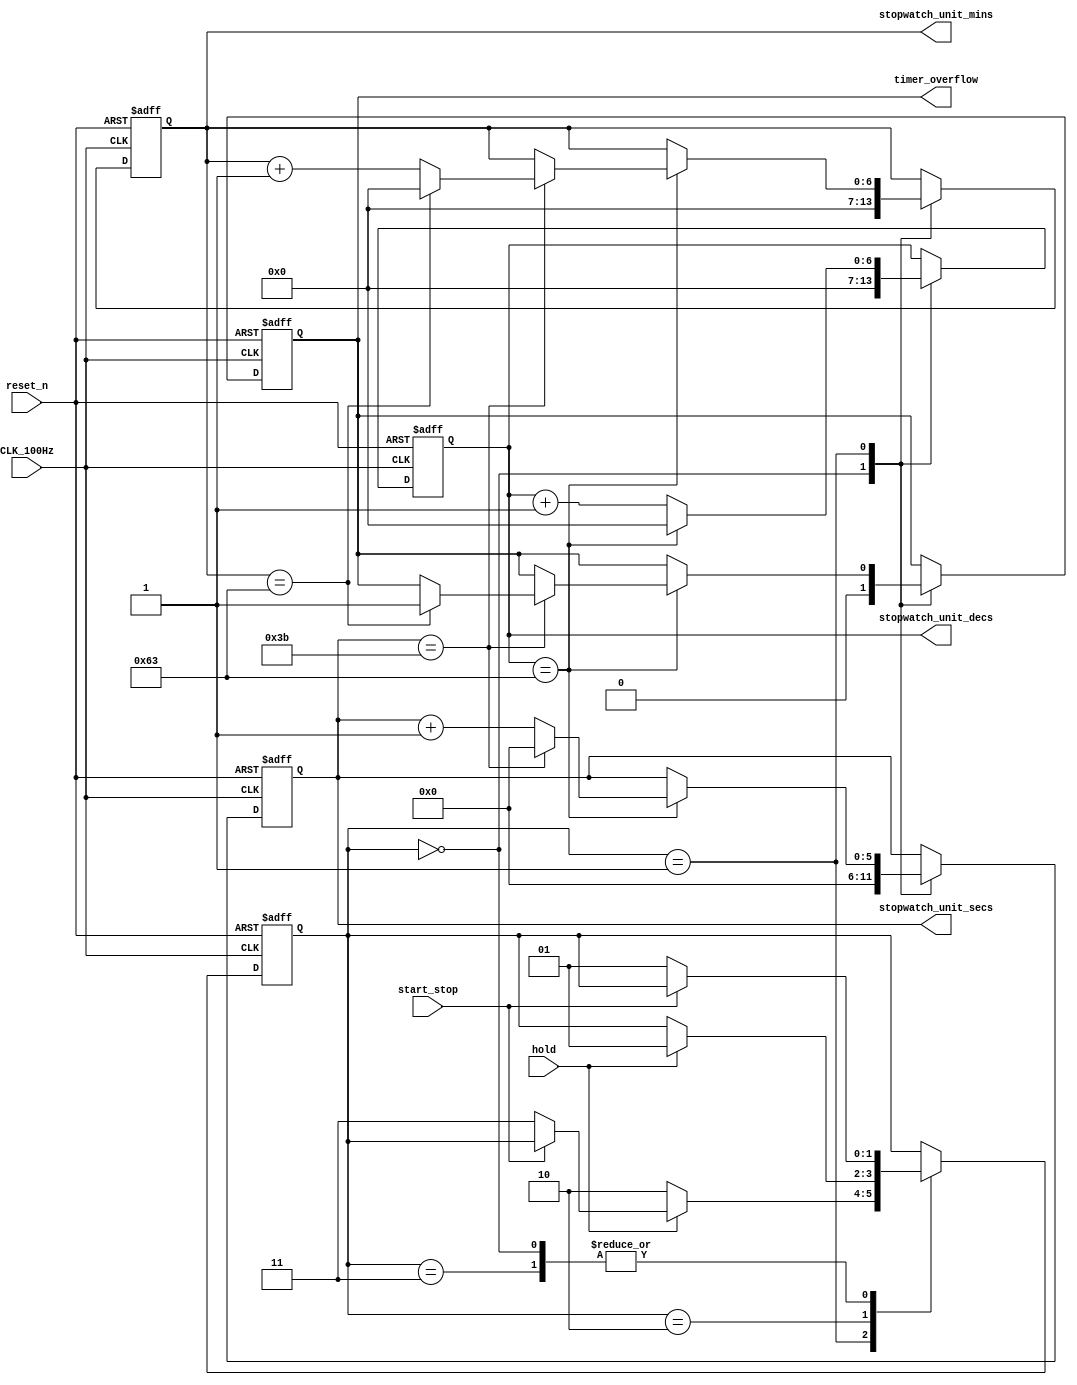
module StopwatchLogic (
    input CLK_100Hz,
    input reset_n,
    input start_stop,
    input hold,
	 output [6:0] stopwatch_unit_mins,
	 output [5:0] stopwatch_unit_secs,
	 output [6:0] stopwatch_unit_decs,
    output reg timer_overflow
);
    reg [26:0] count;
    reg [1:0] state;
	 
    reg [6:0] mins_count;
    reg [5:0] secs_count;
    reg [6:0] decs_count;
	 
	 always @(posedge CLK_100Hz or negedge reset_n) begin
        if (~reset_n) begin
            count <= 0;
            state <= 0;
            mins_count <= 0;
            secs_count <= 0;
            decs_count <= 0;
            timer_overflow <= 0;
        end else begin
            case (state)
                0: begin  // Idle state
                    if (~start_stop)
                        state <= 1;
                end
                1: begin  // Running state
                    if (~hold)
                        state <= 2;
                    else if (~start_stop)
                        state <= 3;
                end
                2: begin  // Hold state
                    if (hold)
                        state <= 1;
                end
                3: begin  // Stop state
                    if (~start_stop)
                        state <= 1;
                end
                default: state <= 0;
            endcase

            case (state)
                0: begin  // Idle state
                    count <= 0;
                    mins_count <= 0;
                    secs_count <= 0;
                    decs_count <= 0;
                    timer_overflow <= 0;
                end
                1: begin  // Running state
							decs_count <= decs_count + 1;
                        if (decs_count == 99) begin
                            decs_count <= 0;
                            secs_count <= secs_count + 1;
                            if (secs_count == 59) begin
                                secs_count <= 0;
                                mins_count <= mins_count + 1;
                                if (mins_count == 99) begin
                                    mins_count <= 0;
                                    timer_overflow <= 1;
												count <= 0;
                                end
                            end
                        end 
							count <= count + 1;
                end
                2, 3: begin  // Hold/Stop state
                    count <= 0;
                end
                default: count <= 0;
            endcase
        end
    end
	 
	 assign stopwatch_unit_mins = mins_count[6:0];
    assign stopwatch_unit_secs = secs_count[5:0];
    assign stopwatch_unit_decs = decs_count[6:0];
	 
endmodule